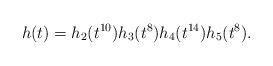
LaTeX: \begin{align*}h(t) &= h_{2}(t^{10})h_{3}(t^{8})h_{4}(t^{14})h_{5}(t^{8}).\end{align*}